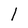
Character: l